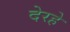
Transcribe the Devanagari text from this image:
देरहे